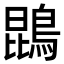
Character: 鵾